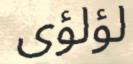
لؤلؤى